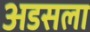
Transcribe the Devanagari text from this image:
अडसला